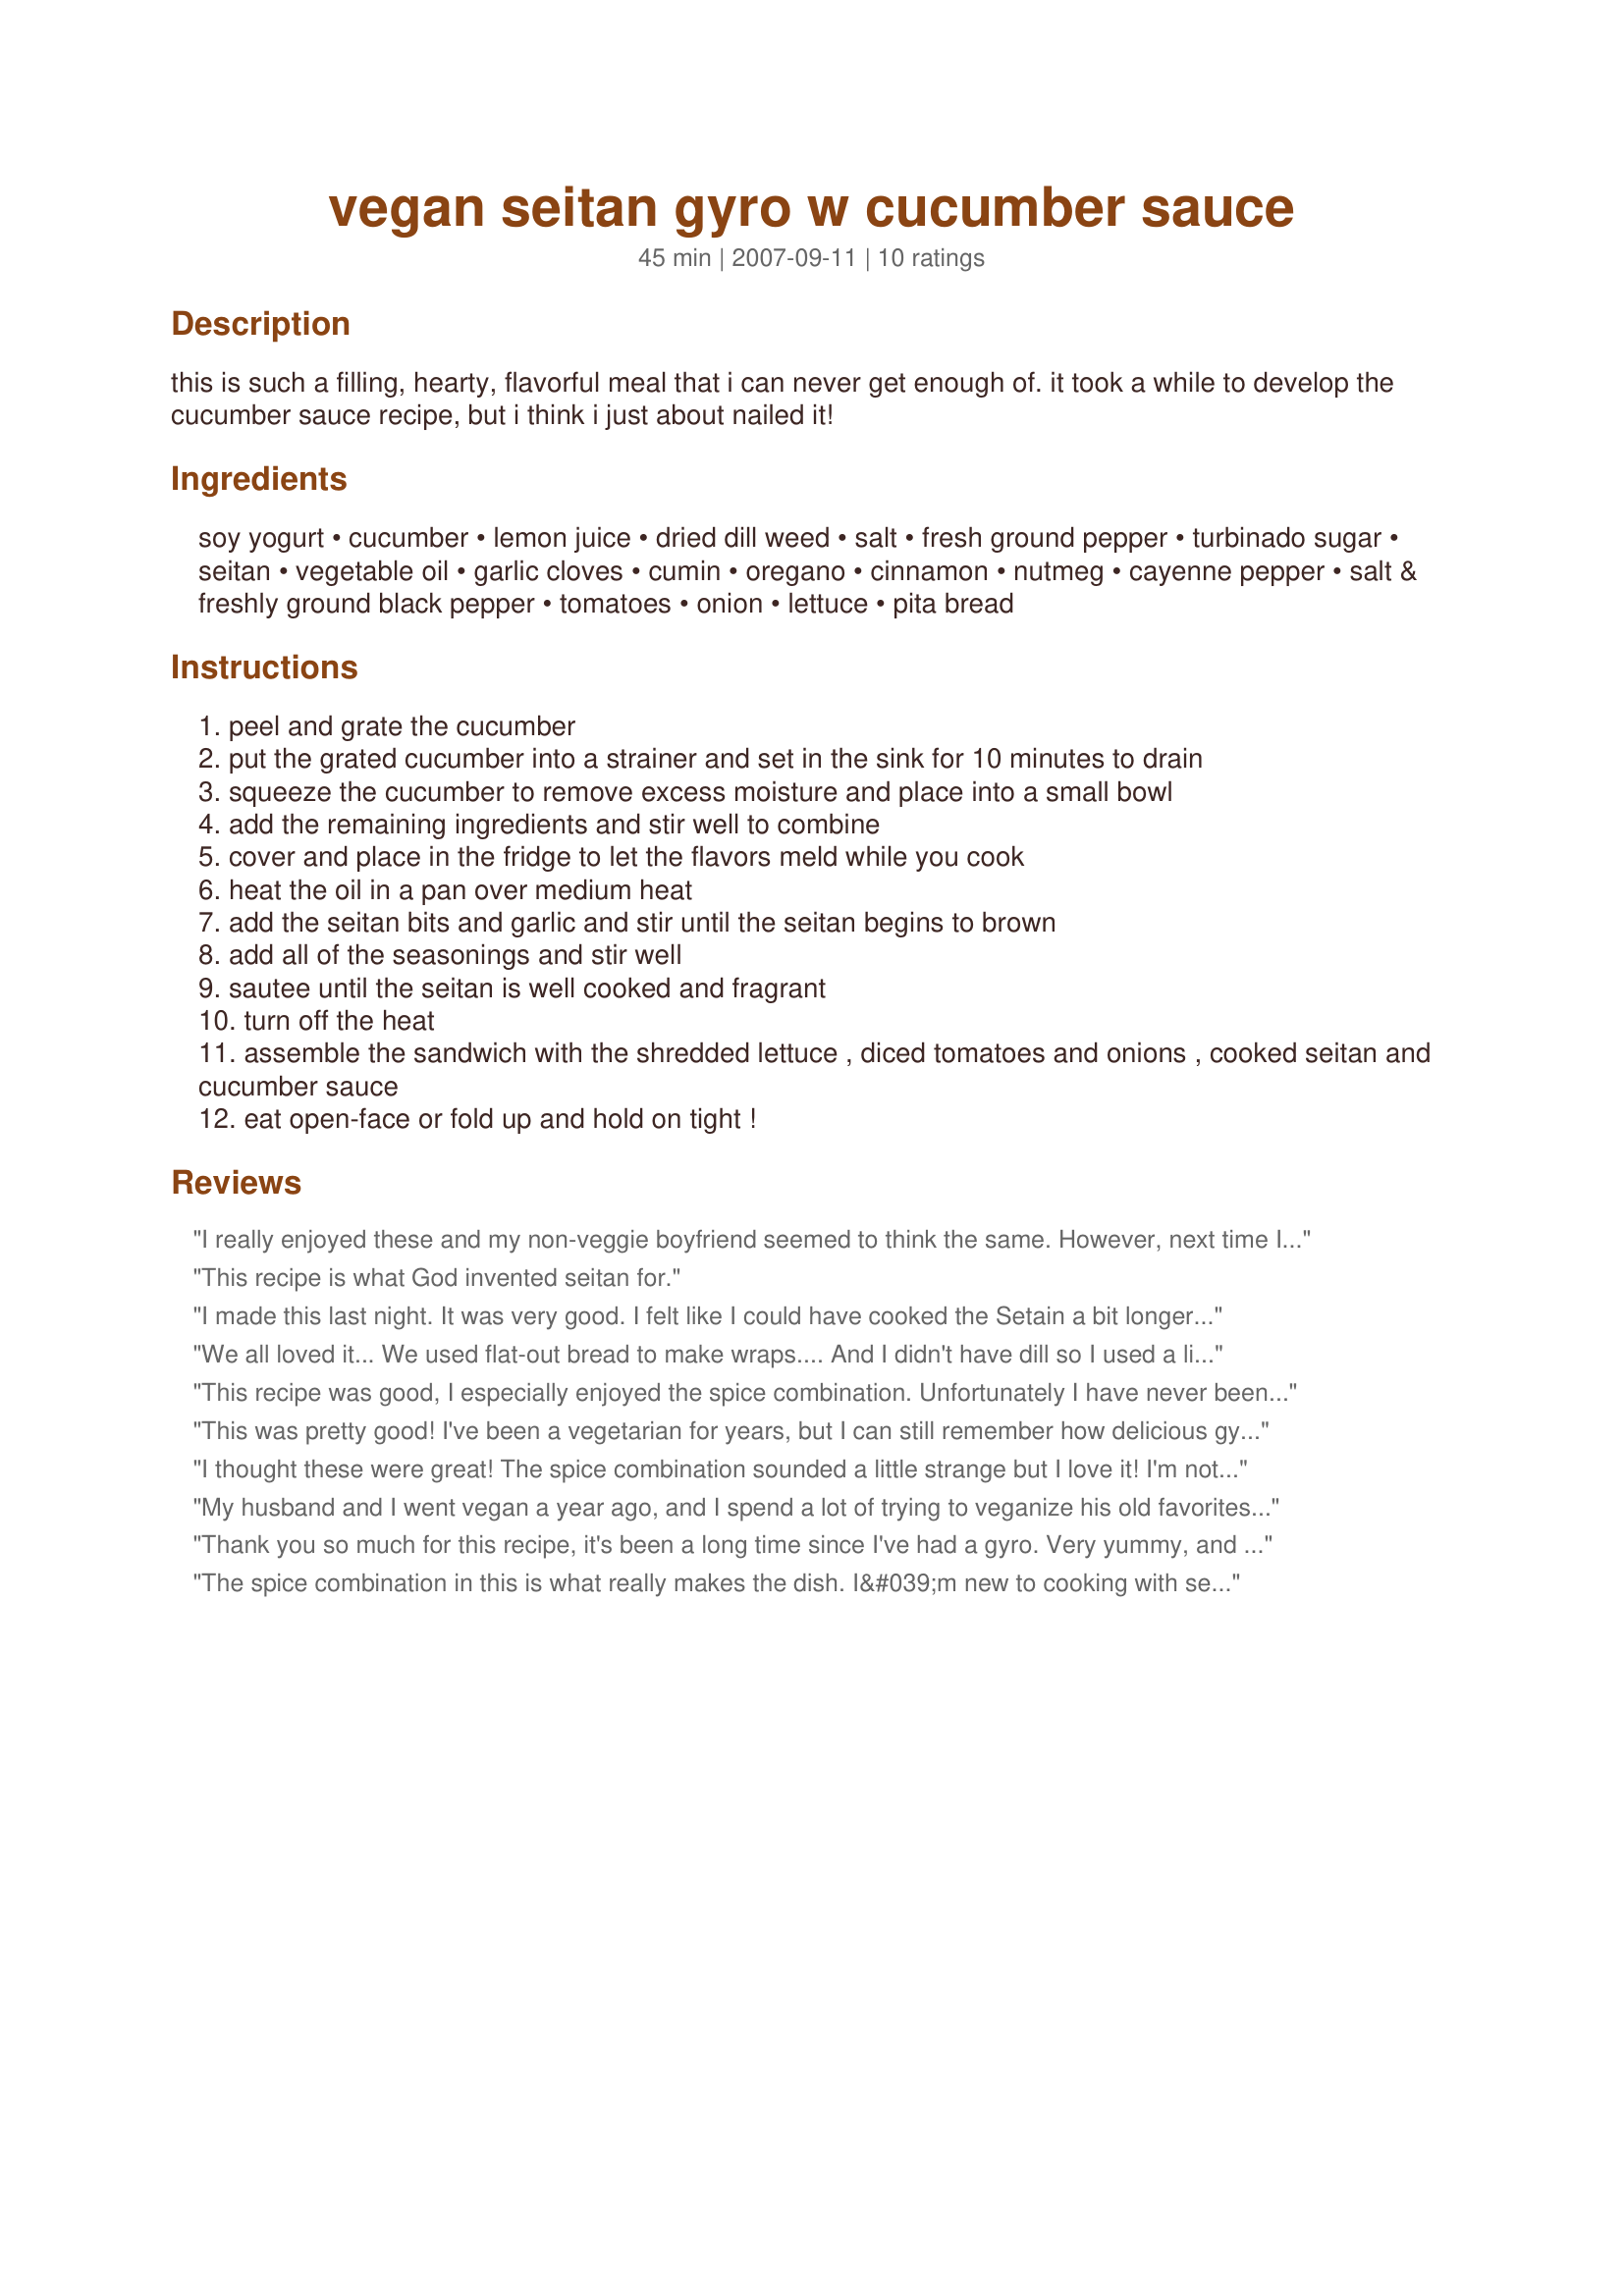
vegan seitan gyro w cucumber sauce
Preparation time: 45 minutes

this is such a filling, hearty, flavorful meal that i can never get enough of. it took a while to develop the cucumber sauce recipe, but i think i just about nailed it!

Ingredients:
soy yogurt, cucumber, lemon juice, dried dill weed, salt, fresh ground pepper, turbinado sugar, seitan, vegetable oil, garlic cloves, cumin, oregano, cinnamon, nutmeg, cayenne pepper, salt & freshly ground black pepper, tomatoes, onion, lettuce, pita bread

Steps:
peel and grate the cucumber
put the grated cucumber into a strainer and set in the sink for 10 minutes to drain
squeeze the cucumber to remove excess moisture and place into a small bowl
add the remaining ingredients and stir well to combine
cover and place in the fridge to let the flavors meld while you cook
heat the oil in a pan over medium heat
add the seitan bits and garlic and stir until the seitan begins to brown
add all of the seasonings and stir well
sautee until the seitan is well cooked and fragrant
turn off the heat
assemble the sandwich with the shredded lettuce , diced tomatoes and onions , cooked seitan and cucumber sauce
eat open-face or fold up and hold on tight !

Reviews:
I really enjoyed these and my non-veggie boyfriend seemed to think the same. However, next time I'm going to saut? the onions with the seitan for a bit better flavor. I also added oregano to the sauce and found it surprisingly tasty. This will definitely be made again.
This recipe is what God invented seitan for.
I made this last night. It was very good. I felt like I could have cooked the Setain a bit longer though. I used the veganomicon Mediterranean cashew dip as my titziki sauce which is 1C. raw cashwes, 1t. salt, 11/2lb cucumber, 2t oregano, 1T olive oil & 3T lemon juice blend until creamy, makes a great gyro topper if you dn't have soy yogurt handy or just don't like it.
We all loved it... We used flat-out bread to make wraps.... And I didn't have dill so I used a little oregano and parsley in the cucumber sauce.... We will definitely make this again!
This recipe was good, I especially enjoyed the spice combination. Unfortunately I have never been a big fan os seitan.
This was pretty good! I've been a vegetarian for years, but I can still remember how delicious gyros tasted. This doesn't taste too much like real gyros to me; I admit I was hoping for a miracle. But seitan does not lamb/beef make, and I am willing to take the taste compromise to avoid cruelty. And this dish does taste good on its own merit. Another bonus is how easy it was to make! Thanks for sharing the recipe!
I thought these were great! The spice combination sounded a little strange but I love it! I'm not a big fan of vegan yogurt, so I used tofutti sour cream and tweaked the sauce slightly - added more lemon, and a little oregano and onion powder. But that's purely personal taste. This is a total keeper! Thank you!
My husband and I went vegan a year ago, and I spend a lot of trying to veganize his old favorites. When he mentioned gyros, I kinda panicked because I'd never had a non-vegan one, but your recipe made it super easy. So delicious! Thanks for posting it!
Thank you so much for this recipe, it's been a long time since I've had a gyro. Very yummy, and preschooler approved.
The spice combination in this is what really makes the dish. I&#039;m new to cooking with seitan and overcooked it so it was a little dry. I used a tzatziki sauce/dip that I bought at Sam&#039;s instead of making my own and it was quite good. One minor adjustment I would make would be to mix the tzatziki, vegetables and seiten all together before putting it in the pita pocket. Just a personal preference.
